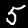
Label: 5